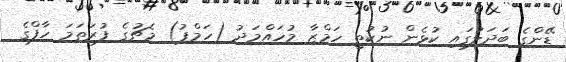
ޑޭންގެ ބަދަލުގައި ކުޅެން ނުކުތީ ހަމްޒާ މުހައްމަދު (ހަމްޕު) މެޗުގެ ފުރަތަމަ ހާފްގެ